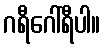
ဂရီဂေါ်ရီပါ။